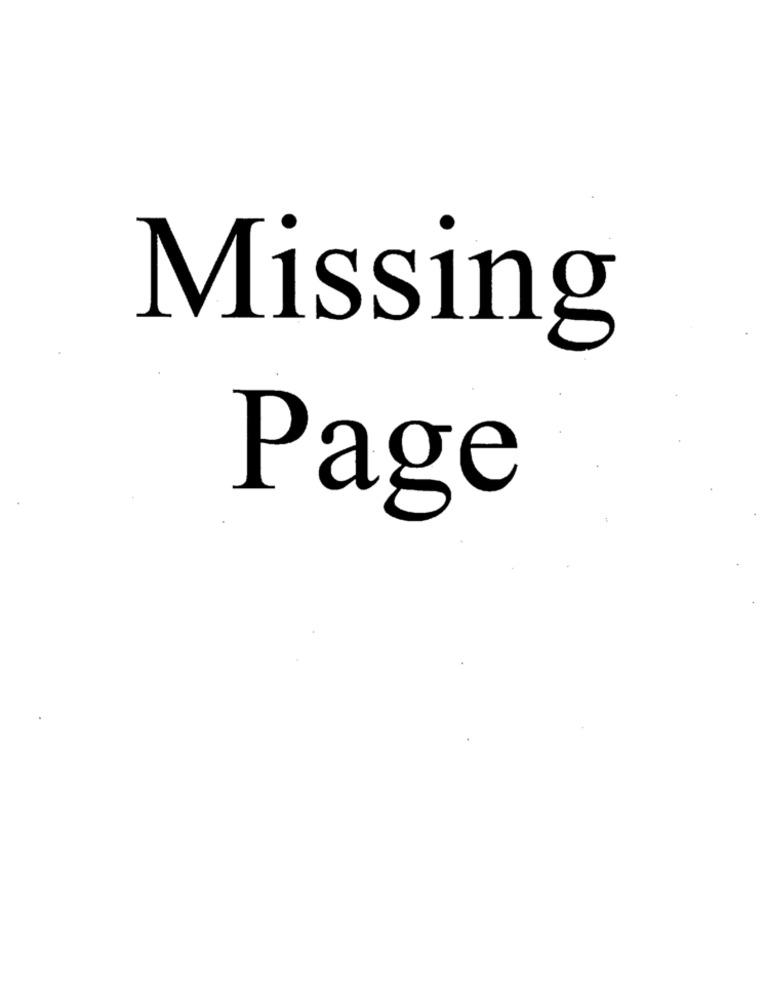
Missing
Page